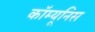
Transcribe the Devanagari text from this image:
कॉम्यूनिस